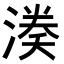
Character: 𭱱